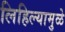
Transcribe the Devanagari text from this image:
लिहिल्यामुळे